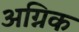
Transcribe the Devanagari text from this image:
अग्निक